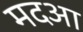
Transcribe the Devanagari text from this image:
मदआ